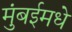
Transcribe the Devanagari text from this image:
मुंबईमधे